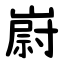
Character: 嶎